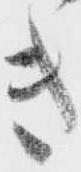
き